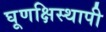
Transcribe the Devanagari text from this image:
घूणक्षिस्थापी